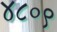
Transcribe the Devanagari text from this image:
४८०९